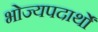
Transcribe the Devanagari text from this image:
भोज्यपदार्थों